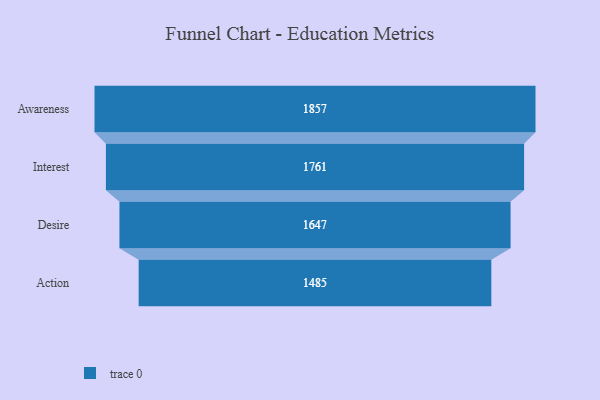
{"axis": {"x": "Stage", "y": "Value"}, "legend": [""], "data": [{"x": "Awareness", "y": 1857.0, "type": ""}, {"x": "Interest", "y": 1761.0, "type": ""}, {"x": "Desire", "y": 1647.0, "type": ""}, {"x": "Action", "y": 1485.0, "type": ""}]}